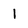
Character: 1